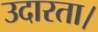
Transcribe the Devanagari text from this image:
उदारता।